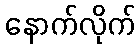
နောက်လိုက်